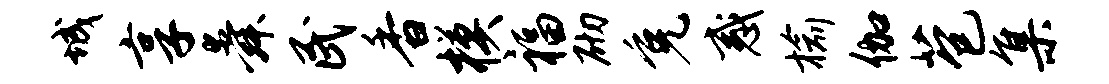
城享舜民香模福砌免惑榆伽苞集